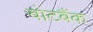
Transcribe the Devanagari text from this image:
वोटबैंक